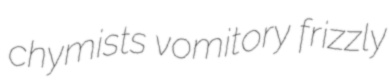
chymists vomitory frizzly